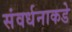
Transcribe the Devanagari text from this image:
संवर्धनाकडे